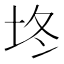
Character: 𰉡